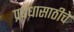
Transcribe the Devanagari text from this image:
प्रबंधासाठीचे